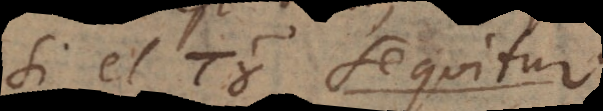
A est B sequitur